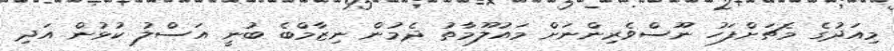
މިއަދުގެ މެޗަށްފަހު ނޫސްވެރިންނަށް މައުލޫމާތު ދެމުން ނިޒާމްބެ ބުނީ އަސްލު ކުޅުން އަދި